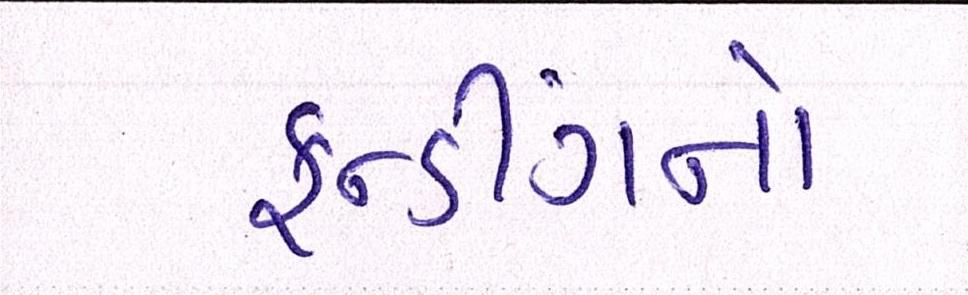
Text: ફન્ડીંગનો